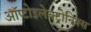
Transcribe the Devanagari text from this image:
ऑप्टोइलेक्ट्रोनिक्स